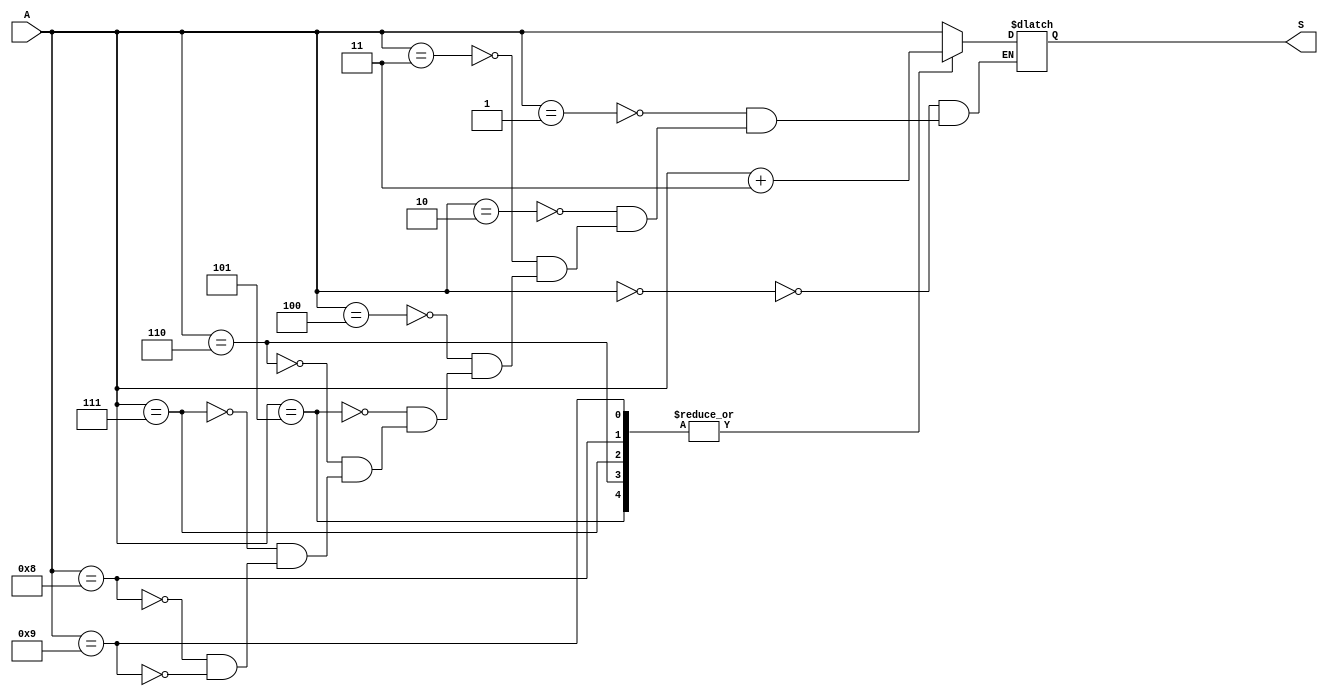
`timescale 1ns / 1ps
module add_3(
    input [3:0] A,
    output reg [3:0] S
    );
    
    //if A>4, add 3 to it
    always@(A)
    case(A)
    0: S = A;
    1: S = A;
    2: S = A;
    3: S = A;
    4: S = A;
    5: S = A + 3;
    6: S = A + 3;
    7: S = A + 3;
    8: S = A + 3;
    9: S = A + 3;
    endcase
    
endmodule